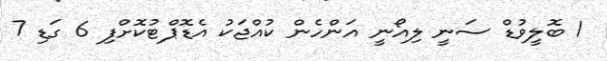
1 ބޮލީވުޑް ސަނީ ލިއޯނީ އަންހެން ކުއްޖަކު އެޑޮޕްޓުކޮށްފި 6 ގަޑި 7